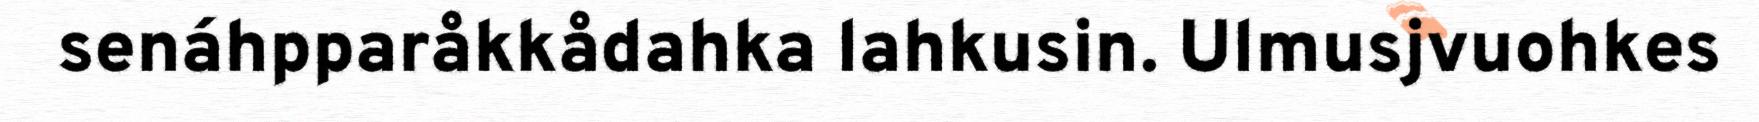
senáhpparåkkådahka lahkusin. Ulmusjvuohkes